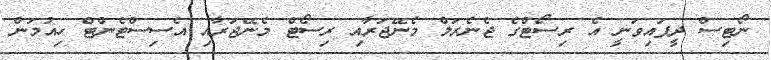
ނޯޓިސް ދީފައިވަނީ އެ ރިސޯޓްގެ ޖެނެރަލް މެނޭޖަރާއި ރިސޯޓް މެނޭޖަރާއި އެސިސްޓެންޓް ހިއުމަން